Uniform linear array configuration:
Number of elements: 32
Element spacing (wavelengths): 0.25
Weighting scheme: uniform
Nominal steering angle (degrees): -30
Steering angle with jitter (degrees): -28.996
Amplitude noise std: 0.05
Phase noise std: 0.05

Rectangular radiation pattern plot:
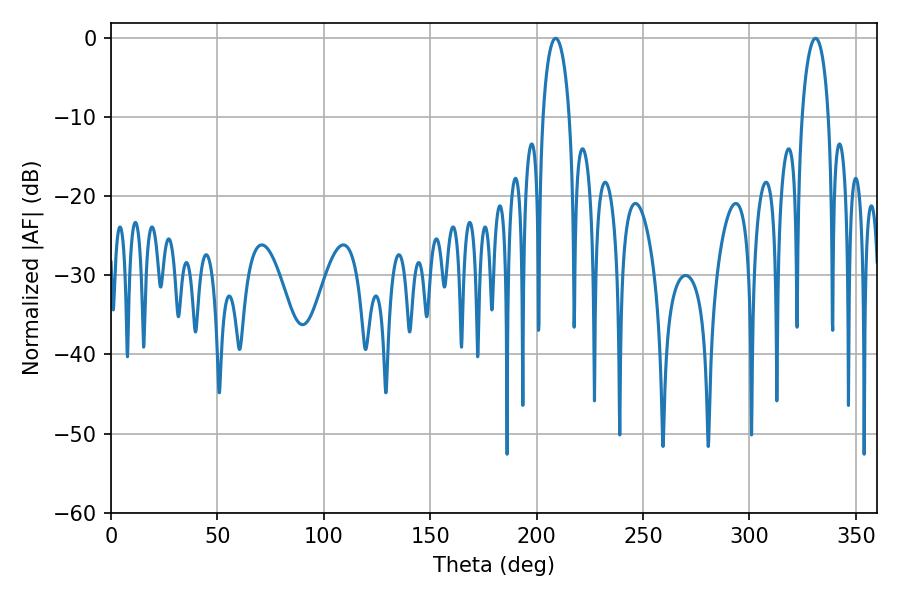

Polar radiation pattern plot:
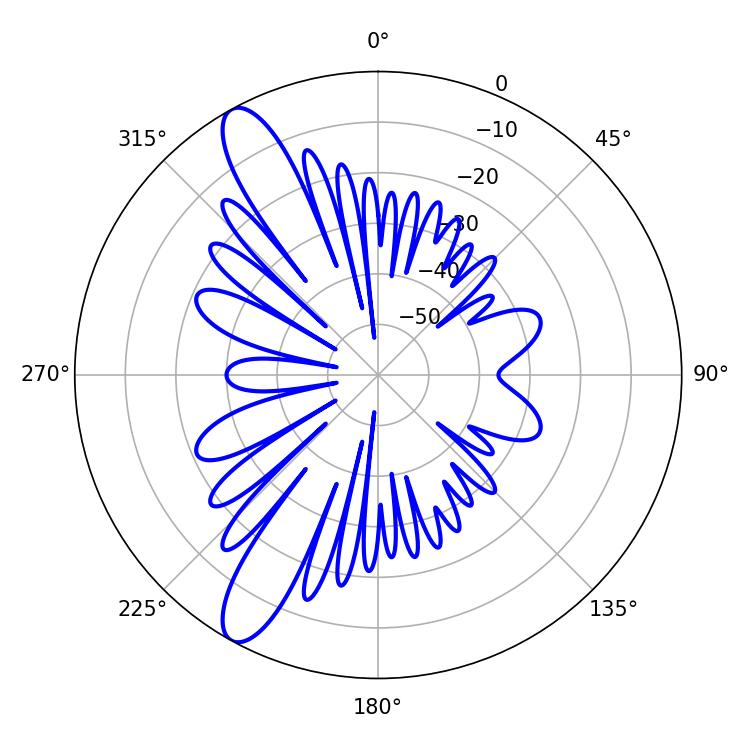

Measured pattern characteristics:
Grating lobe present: FALSE
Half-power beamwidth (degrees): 7.2
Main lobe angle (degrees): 208.98